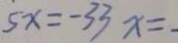
5 x = - 3 3 x =